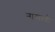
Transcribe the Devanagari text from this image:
नासत्यौ